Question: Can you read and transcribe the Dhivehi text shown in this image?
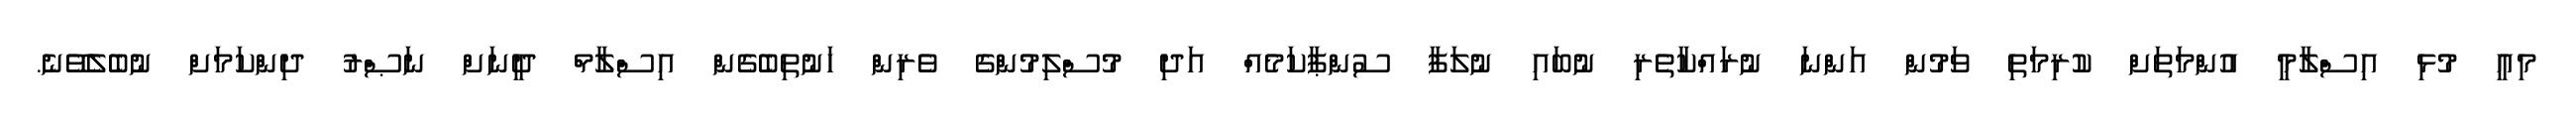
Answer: މިއީ މުޅި އިސްލާމީ އުންމަތަށް ކުރިމަތި ވަމުން އަންނަ ނުރައްކާތެރި ނުބައި ނުލަފާ ސުންޕާކަމެއް އަދި މުސްލިމުންގެ ވެރިން ހަނުތިބެގެން އިސްލާމް ދީނަށް ނަޞްރު ދިންކަމަށް ނުބެލެވޭނެ.